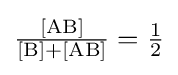
{\tfrac {[{\mathrm {AB} }]}{{[{\ce {B}}]}+[{\mathrm {AB} }]}}={\tfrac {1}{2}}